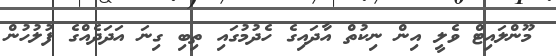
މޫންލައިޓް ވެލީ އިން ނިކުތް އާދައިގެ ހެދުމުގައި ތިބި ގިނަ އަދަދެއްގެ ފުލުހުން